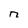
Character: n